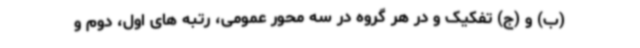
(ب) و (ج) تفکیک و در هر گروه در سه محور عمومی، رتبه های اول، دوم و